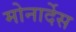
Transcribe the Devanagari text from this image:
मोनार्देस